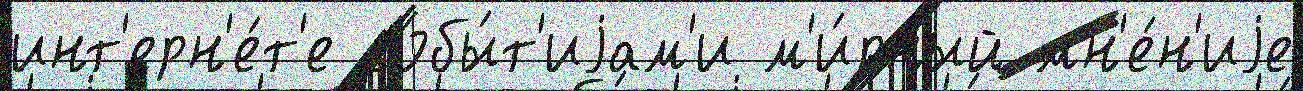
инт'ерн'е́т'е собы́т'иjам'и м'и́рный мн'е́н'иjе